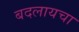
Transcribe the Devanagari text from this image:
बदलायचा